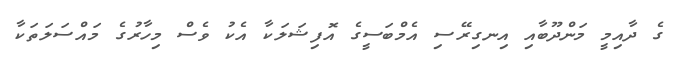
ގެ ދާއިމީ މަންދޫބާއި އިނގިރޭސި އެމްބަސީގެ އޮފިޝަލަކާ އެކު ވެސް މިހާރުގެ މައްސަލަތަކާ